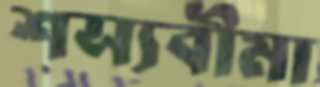
শস্যবীমা